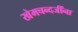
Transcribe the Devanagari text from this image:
खेमचन्दजींना